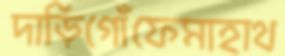
দাড়িগোঁফেমাহাথ